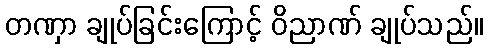
တဏှာ ချုပ်ခြင်းကြောင့် ဝိညာဏ် ချုပ်သည်။